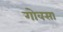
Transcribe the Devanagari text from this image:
गोवसा